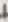
Text: 1